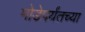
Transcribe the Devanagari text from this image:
मोडेपर्यंतच्या